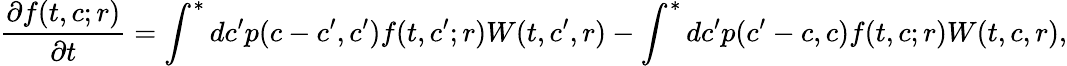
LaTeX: \frac{\partial f(t,c;r)}{\partial t}=\int^{*}dc^{\prime}p(c-c^{\prime},c^{\prime})f(t,c^{\prime};r)W(t,c^{\prime},r)-\int^{*}dc^{\prime}p(c^{\prime}-c,c)f(t,c;r)W(t,c,r),